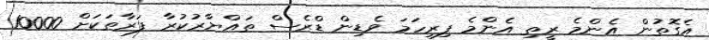
އެގޮތުން އެންމެ ރީތި އެންމެ ފިރިހަމަ ވެޑިން ޑްރެސް ތައްޔާރުކުރާ ފަރާތަކަށް 10000